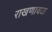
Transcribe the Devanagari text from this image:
राखणावळ